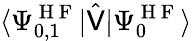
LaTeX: \langle\Psi_{0,1}^{\mathrm{~H~F~}}|\hat{\mathsf{V}}|\Psi_{0}^{\mathrm{~H~F~}}\rangle